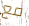
مع